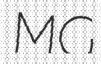
MG